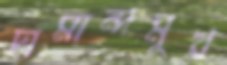
দামান্দমুখ